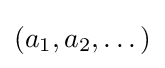
(a_{1},a_{2},\dots )